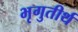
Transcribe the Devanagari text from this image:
भृगुतीर्थ